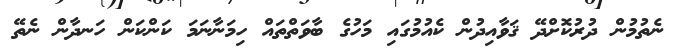
ނެތުމުން ދުރުކޮށްދޭ ޤަވާއިދުން ކެއުމުގައި މަހުގެ ބާވަތްތައް ހިމަނާނަމަ ކަންކަން ހަނދާން ނެތޭ